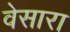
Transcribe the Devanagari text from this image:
वेसारा